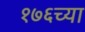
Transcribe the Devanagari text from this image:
१७६च्या